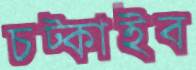
চট্‌কাইব